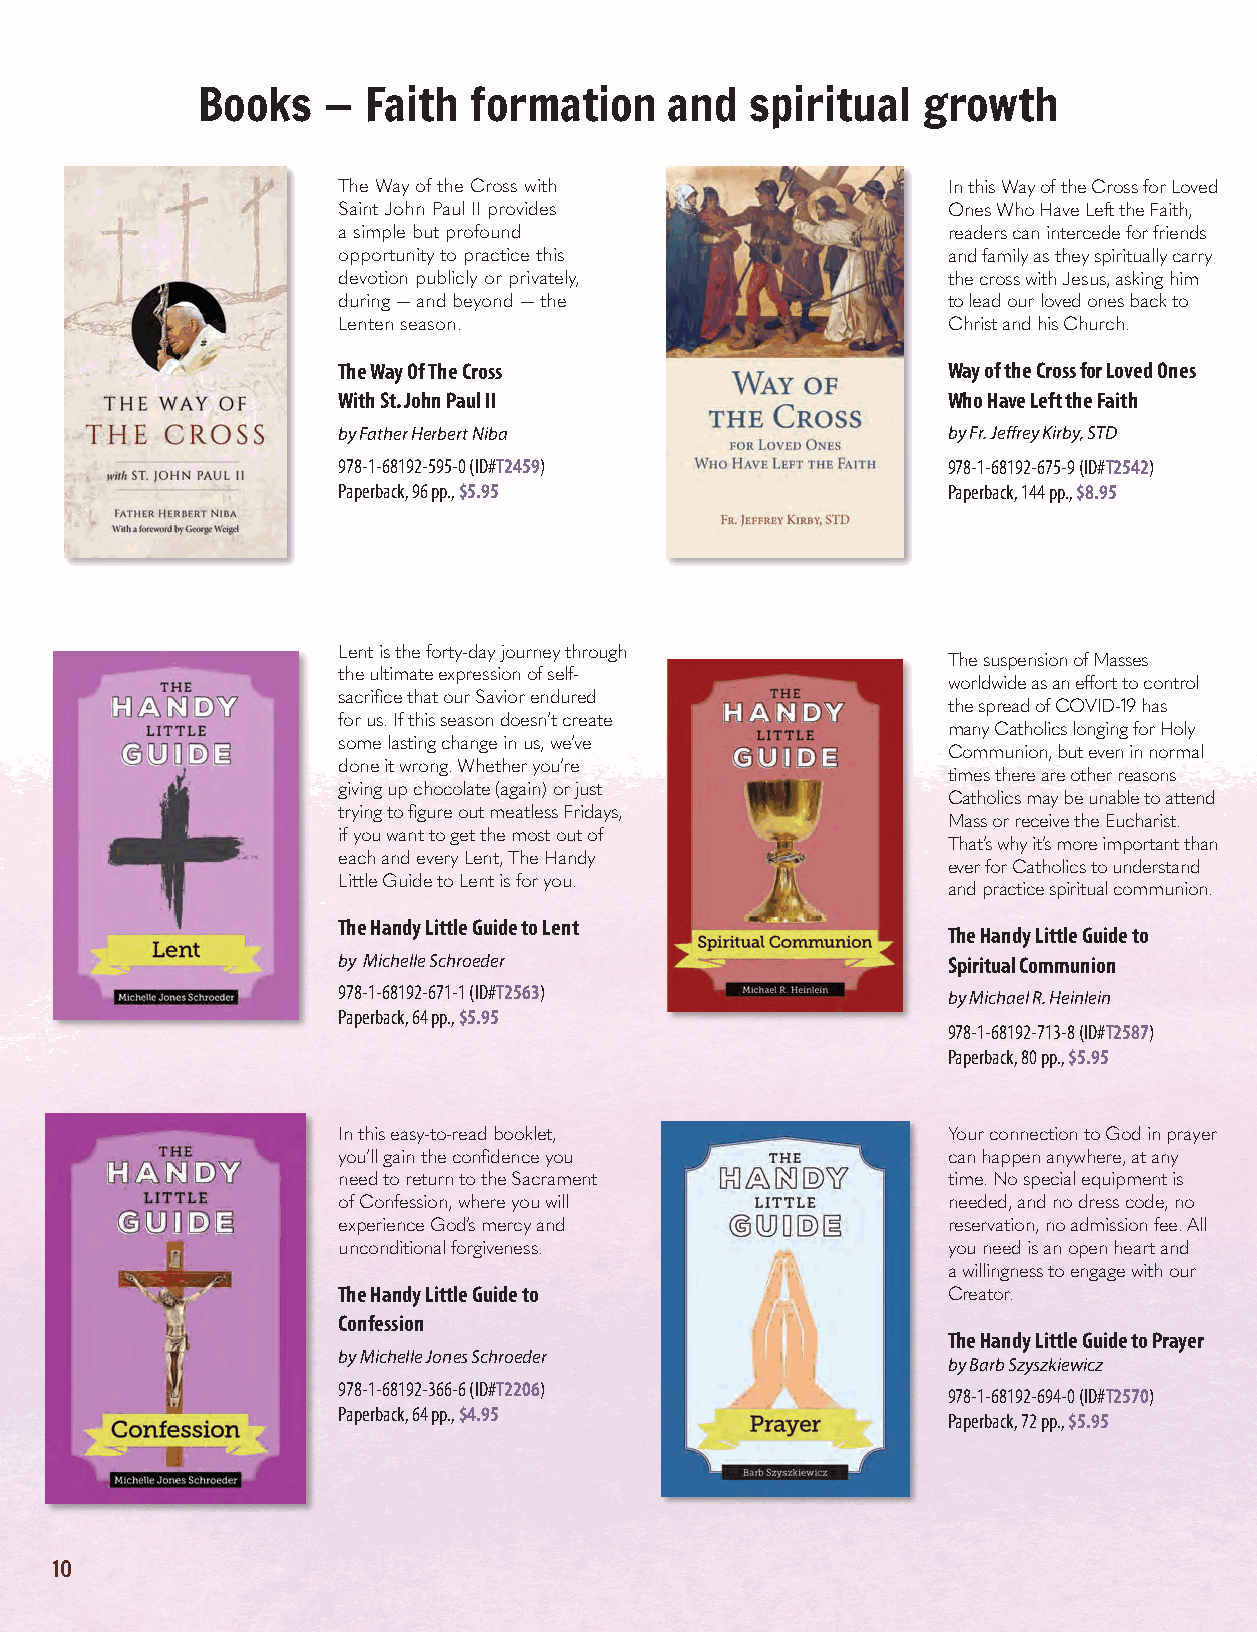
Books   —  Faith  formation    and   spiritual  growth
 The Way of the Cross with                In this Way of the Cross for Loved
 Saint John Paul II provides              Ones Who Have Left the Faith,
 a simple but profound                    readers can intercede for friends
 opportunity to practice this             and family as they spiritually carry
 devotion publicly or privately,          the cross with Jesus, asking him
 during — and beyond — the                to lead our loved ones back to
 Lenten season.                           Christ and his Church.
 The Way Of The Cross                     Way of the Cross for Loved Ones
 With St. John Paul II                    Who Have Left the Faith
 by Father Herbert Niba                   by Fr. Jeffrey Kirby, STD
 978-1-68192-595-0 (ID#T2459)             978-1-68192-675-9 (ID#T2542)
 Paperback, 96 pp., $5.95                 Paperback, 144 pp., $8.95
 Lent is the forty-day journey through
 The suspension of Masses
 the ultimate expression of self-
 worldwide as an effort to control
 sacrifice that our Savior endured
 the spread of COVID-19 has
 for us. If this season doesn’t create
 many Catholics longing for Holy
 some lasting change in us, we’ve
 Communion, but even in normal
 done it wrong. Whether you’re
 times there are other reasons
 giving up chocolate (again) or just
 Catholics may be unable to attend
 trying to figure out meatless Fridays,
 Mass or receive the Eucharist.
 if you want to get the most out of
 That’s why it’s more important than
 each and every Lent, The Handy
 ever for Catholics to understand
 Little Guide to Lent is for you.
 and practice spiritual communion.
 The Handy Little Guide to Lent
 The Handy Little Guide to
 by Michelle Schroeder                    Spiritual Communion
 978-1-68192-671-1 (ID#T2563)
 by Michael R. Heinlein
 Paperback, 64 pp., $5.95
 978-1-68192-713-8 (ID#T2587)
 Paperback, 80 pp., $5.95
 In this easy-to-read booklet,            Your connection to God in prayer
 you’ll gain the confidence you           can happen anywhere, at any
 need to return to the Sacrament          time. No special equipment is
 of Confession, where you will            needed, and no dress code, no
 experience God’s mercy and               reservation, no admission fee. All
 unconditional forgiveness.               you need is an open heart and
 a willingness to engage with our
 The Handy Little Guide to                Creator.
 Confession
 The Handy Little Guide to Prayer
 by Michelle Jones Schroeder
 by Barb Szyszkiewicz
 978-1-68192-366-6 (ID#T2206)
 978-1-68192-694-0 (ID#T2570)
 Paperback, 64 pp., $4.95
 Paperback, 72 pp., $5.95
 10